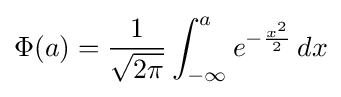
\Phi (a)={\frac {1}{\sqrt {2\pi }}}\int _{-\infty }^{a}e^{-{\frac {x^{2}}{2}}}\,dx